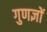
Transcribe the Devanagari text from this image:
गुणज्ञों